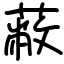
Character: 蔽